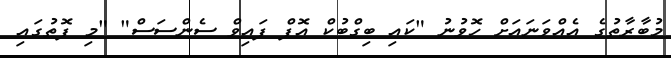
މުބާރާތުގެ އެއްވަނައަށް ހޮވުނު "ކައި ބިގްބުކް އޮފް ފައިވް ސެންސަސް" "މި ފޮތުގައި